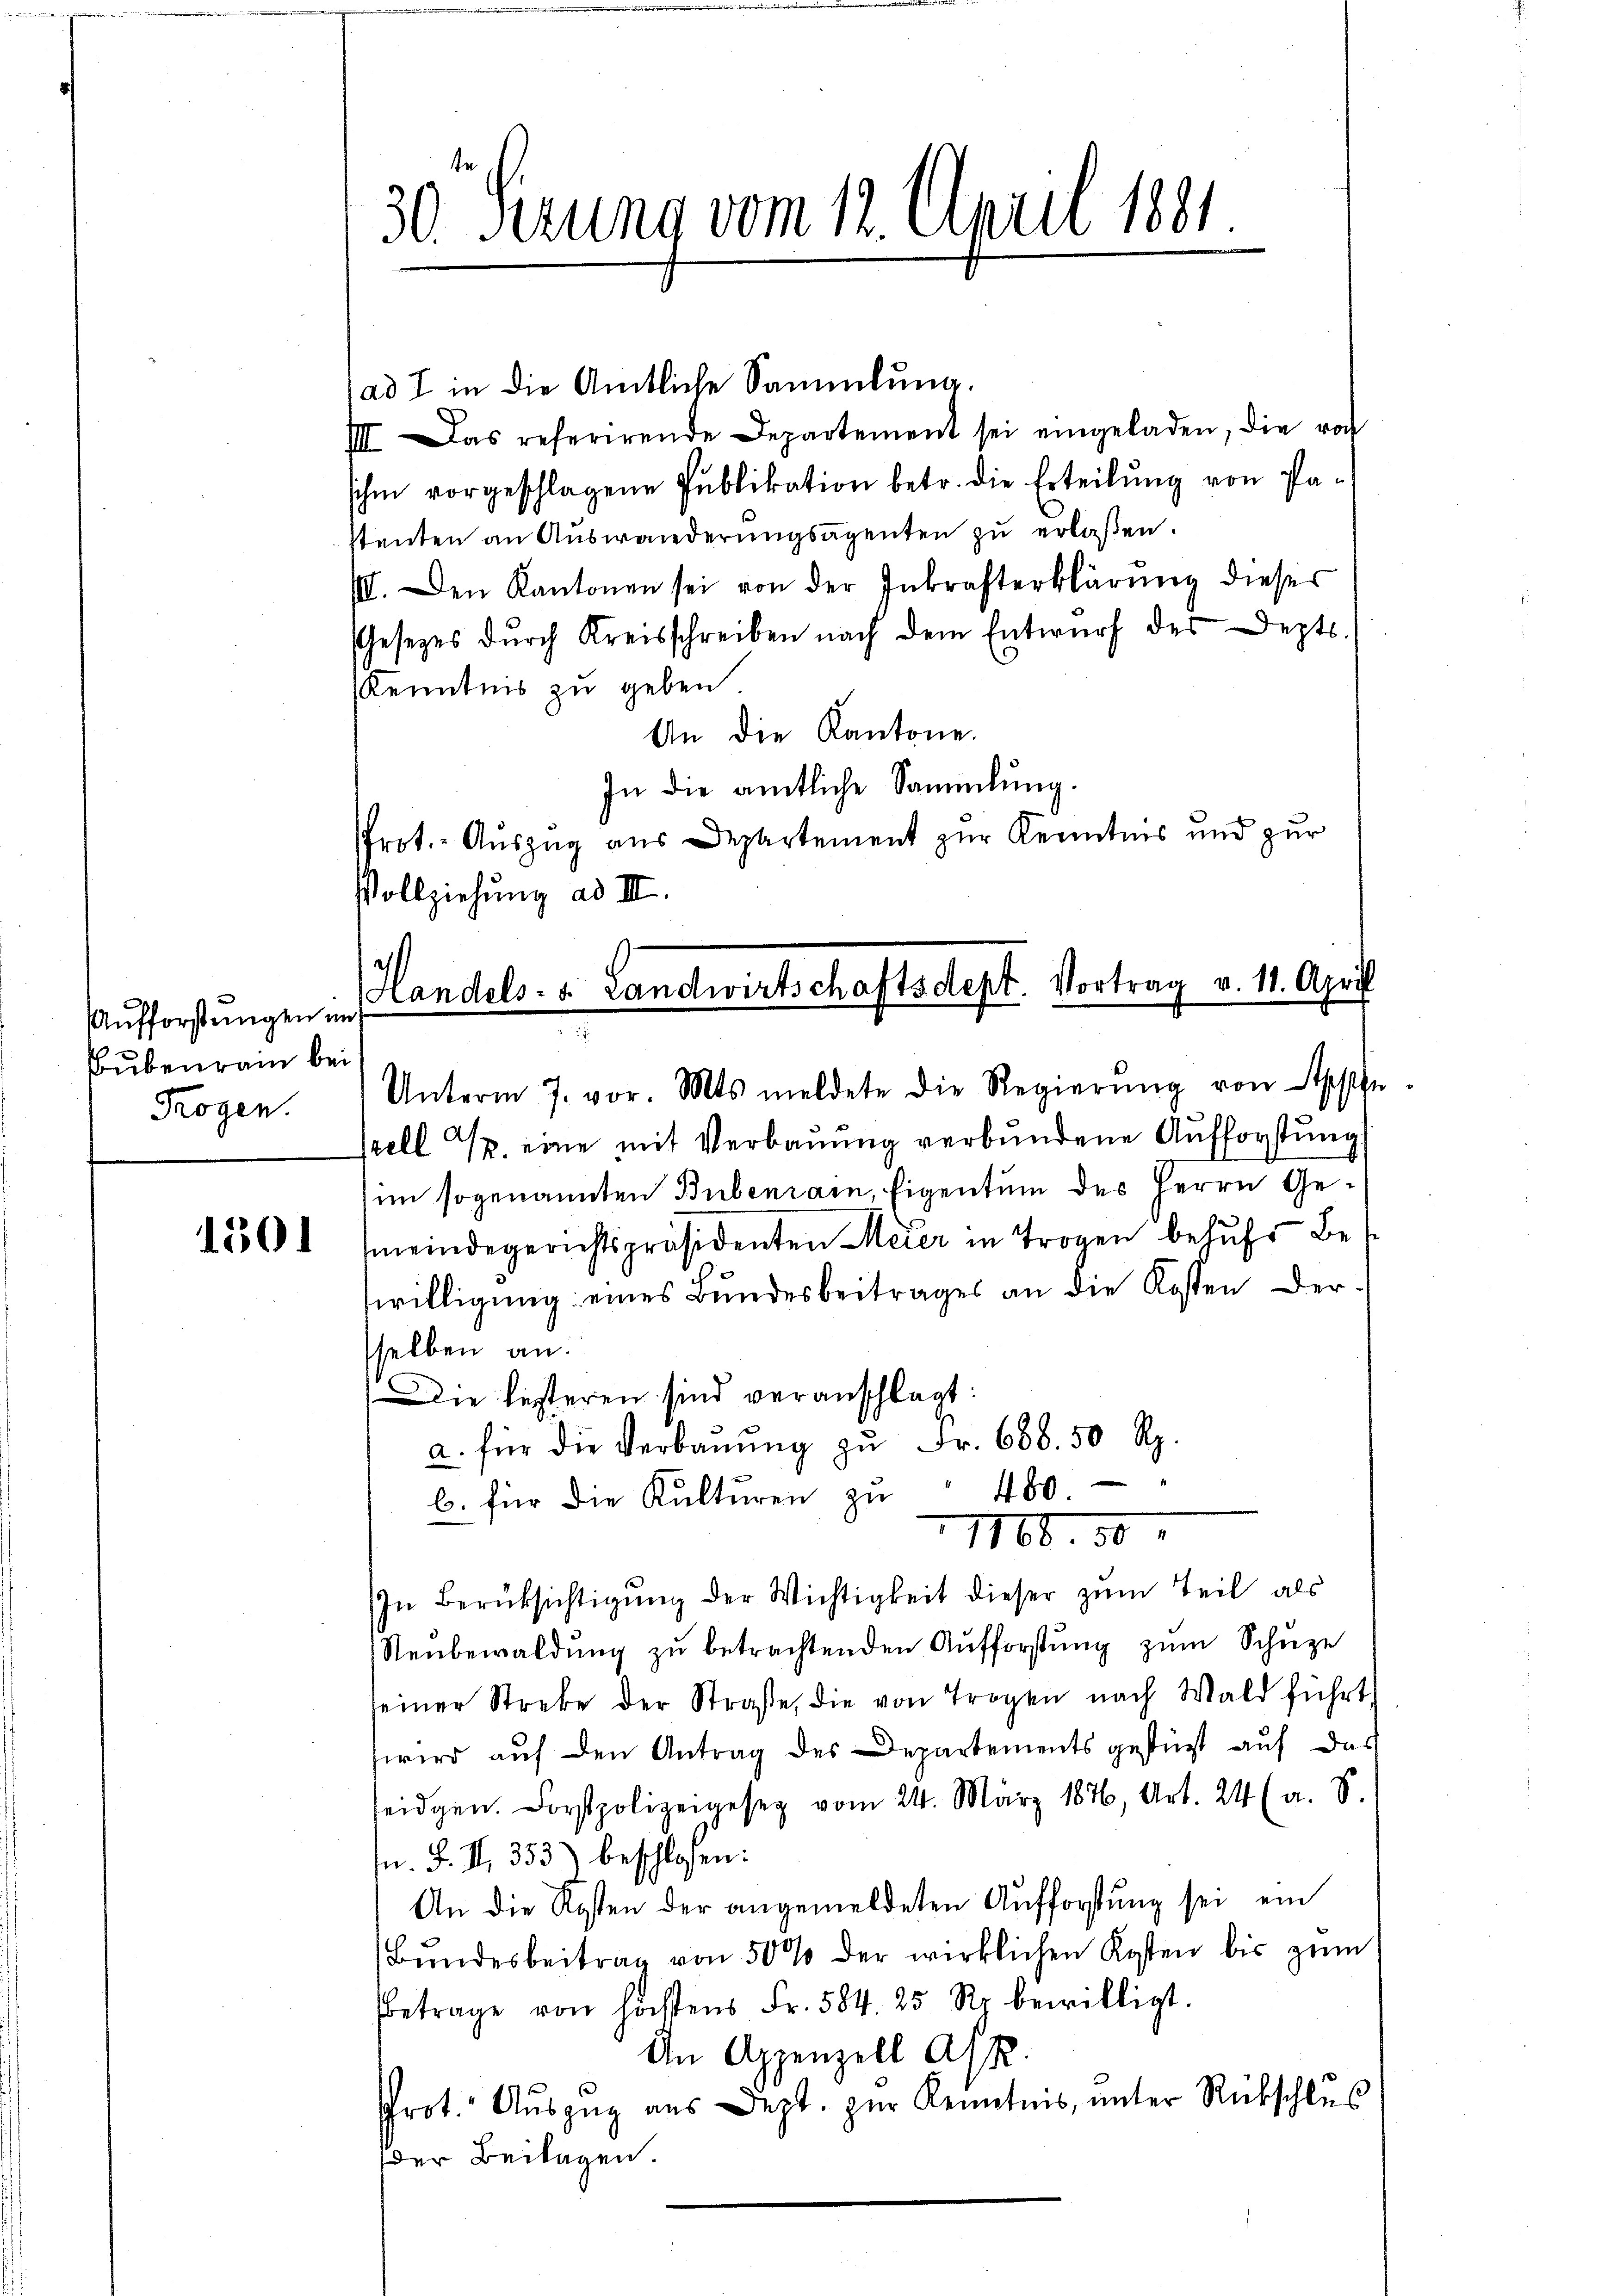
Aufforstungen in
Bubenrain bei
Trogen.

1501

ad I in die Amtliche Sammlung.
IIII. Das referirende Departement sei eingeladen, die vo
schon vorgeschlagene Publikation betr. die Erteilung von Pastenten an Aŭswanderŭngsagenten zŭ erlassen.
II. Den Kantonen sei von der Inkrafterklärung dieser
Gesetzes dŭrch Kreisschreiben nach dem Entwŭrf des Depts.
Kenntnis zu geben
An die Kantone.
In die amtliche Sammlung.
Prot. Auszug aus Departement zur Kenntnis und zur
Vollziehung ad III.

30. Sizung vom 12. April 1881

Handels- u. Landwirtschaftsdept. Vortrag v. 11. April

Unterm 7. vor. Mts. meldete die Regierŭng von Asse
rell p. eine mit Verbauung verbundene Aufforstung
im sogenannten Bubenrain, Eigentum des Herrn Ge¬
(meindegerichtspräsidenten Meier in Trogen behufs Bewilligung eines Bundesbeitrages an die Kosten dersselben an.
Die besteren sind veranschlagt:
a. für die Verbaŭŭng zŭ Fr. 688. 50 Rp.
b. für die Kulturen zŭ 480
In Berüksichtigung der Wichtigkeit dieser zum Teil als
Neubewaldung zŭ betrachtenden Aufforstung zum Schupe
seiner Streke der Straße, die von Trogen nach Wald führt
wird auf den Antrag des Departements gestürt auf das
seidgen. Forstpolizeigeseg vom 24. März 1876, Art. 24 (a. S.
n. F. II. 353) beschlossen:
An die Kosten der angemeldeten Aufforstung sei ein
Bundesbeitrag von 50 % der wirklichen Kosten bis zum
Betrage von hochtens Fr. 584. 25 Rp. bewilligt.
An Appenzell A.
Prot. Aŭszŭg aŭs Dept. zŭr Kenntnis, unter Rückschlŭs
der Beilagen.

1168. 50